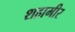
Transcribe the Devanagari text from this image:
शहामीर